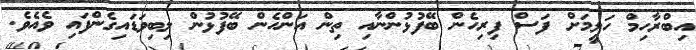
އިބްރާހިމް ހަލީމަށް ފަސް ފިރިހެން ބޭފުޅުންނާއި ތިން އަންހެން ބޭފުޅުން ލިބިވަޑައިގެންފައި ވެއެވެ.